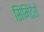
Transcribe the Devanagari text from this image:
सिमिटेरो